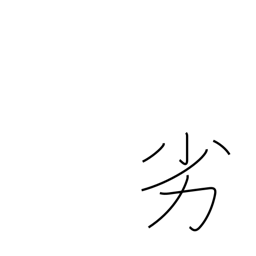
Meaning: inferiority